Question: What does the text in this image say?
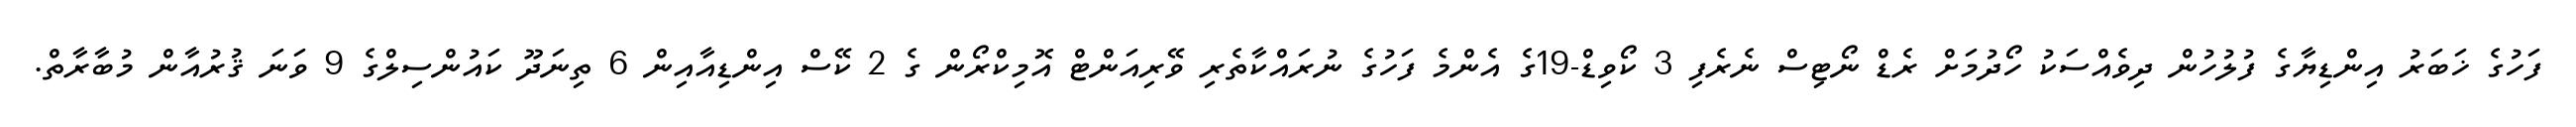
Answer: ފަހުގެ ޚަބަރު އިންޑިޔާގެ ފުލުހުން ދިވެއްސަކު ހޯދުމަށް ރެޑް ނޯޓިސް ނެރެފި 3 ކޯވިޑް-19ގެ އެންމެ ފަހުގެ ނުރައްކާތެރި ވޭރިއަންޓް އޮމިކްރޯން ގެ 2 ކޭސް އިންޑިއާއިން 6 ތިނަދޫ ކައުންސިލްގެ 9 ވަނަ ޤުރުއާން މުބާރާތް.